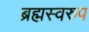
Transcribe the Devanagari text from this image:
ब्रह्मस्वरुप